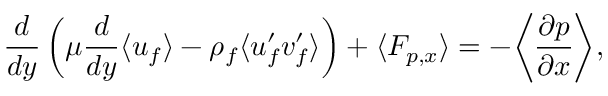
\frac { d } { d y } \left( \mu \frac { d } { d y } \langle u _ { f } \rangle - \rho _ { f } \langle u _ { f } ^ { \prime } v _ { f } ^ { \prime } \rangle \right) + \langle F _ { p , x } \rangle = - \bigg \langle \frac { \partial p } { \partial x } \bigg \rangle ,